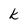
Character: k